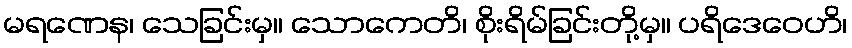
မရဏေန၊ သေခြင်းမှ။ သောကေတိ၊ စိုးရိမ်ခြင်းတို့မှ။ ပရိဒေဝေဟိ၊